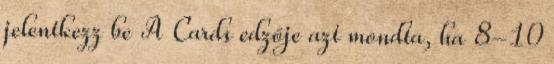
jelentkezz be A Cards edzője azt mondta, ha 8-10